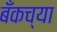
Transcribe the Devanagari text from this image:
बँकच्या